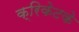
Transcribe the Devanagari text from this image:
क्रिकेटके